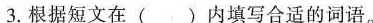
3.根据短文在( )内填写合适的词语。